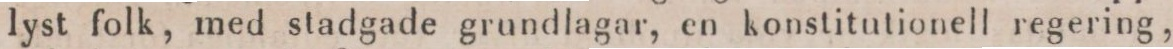
lyst folk, med stadgade grundlagar, en konstitutionell regering,